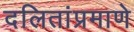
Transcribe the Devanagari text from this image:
दलितांप्रमाणे